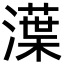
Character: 㵩